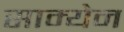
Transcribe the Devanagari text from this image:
साम्येन